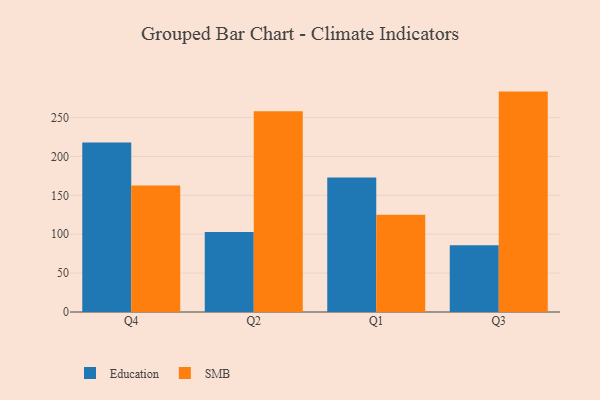
{"axis": {"x": "Quarter", "y": "Gross Profit (USD K)"}, "legend": ["Education", "SMB"], "data": [{"x": "Q4", "y": 218.0, "type": "Education"}, {"x": "Q4", "y": 162.5, "type": "SMB"}, {"x": "Q2", "y": 103.0, "type": "Education"}, {"x": "Q2", "y": 258.0, "type": "SMB"}, {"x": "Q1", "y": 172.9, "type": "Education"}, {"x": "Q1", "y": 125.0, "type": "SMB"}, {"x": "Q3", "y": 85.9, "type": "Education"}, {"x": "Q3", "y": 283.4, "type": "SMB"}]}